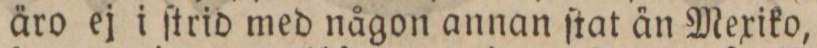
äro ej i ſtrid med någon annan ſtat än Mexiko,